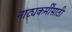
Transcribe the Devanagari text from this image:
नाट्यकर्मींसाठी